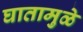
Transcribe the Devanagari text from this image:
घातामुळे